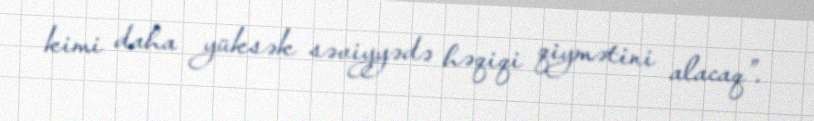
kimi daha yüksək səviyyədə həqiqi qiymətini alacaq”.